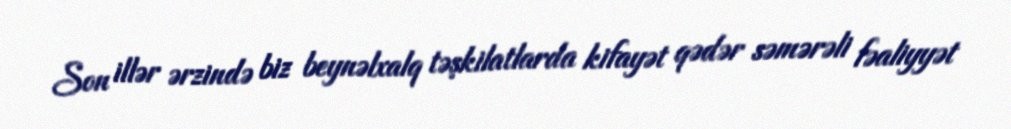
Son illər ərzində biz beynəlxalq təşkilatlarda kifayət qədər səmərəli fəaliyyət